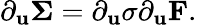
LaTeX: \partial_{\mathbf{u}}\boldsymbol{\Sigma}=\partial_{\mathbf{u}}\sigma\partial_{\mathbf{u}}\mathbf{F}.